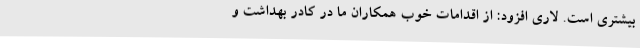
بیشتری است. لاری افزود: از اقدامات خوب همکاران ما در کادر بهداشت و